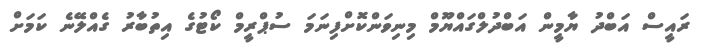
ރައީސް އަބްދު ޔާމީން އަބްދުލްގައްޔޫމް މިނިވަންކޮށްފިނަމަ ސުޕްރީމް ކޯޓުގެ އިތުބާރު ގެއްލޭނެ ކަމަށް